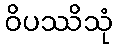
ဝိပဿိသုံ